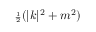
{ \scriptstyle { \frac { 1 } { 2 } } } ( | k | ^ { 2 } + m ^ { 2 } )